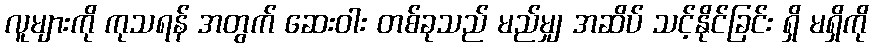
လူများကို ကုသရန် အတွက် ဆေးဝါး တစ်ခုသည် မည်မျှ အဆိပ် သင့်နိုင်ခြင်း ရှိ မရှိကို